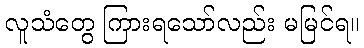
လူသံတွေ ကြားရသော်လည်း မမြင်ရ။